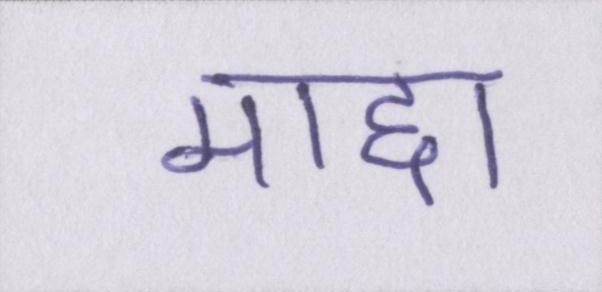
माद्दा